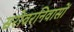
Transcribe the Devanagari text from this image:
सरोवरनिवासों